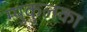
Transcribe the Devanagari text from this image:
म्युकुलका